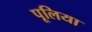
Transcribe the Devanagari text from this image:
पूलिया